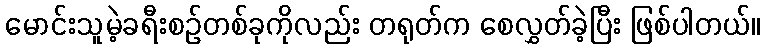
မောင်းသူမဲ့ခရီးစဉ်တစ်ခုကိုလည်း တရုတ်က စေလွှတ်ခဲ့ပြီး ဖြစ်ပါတယ်။